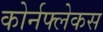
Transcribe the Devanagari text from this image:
कोर्नफ्लेकस